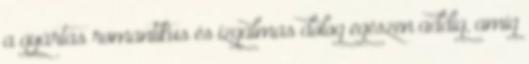
a gyártás romantikus és izgalmas dolog egészen addig, amíg